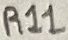
Text: R11